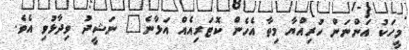
މީހަކު އަންނަން ހުރިއްޔާ މިތާ އެހެން ކޮޓަރިއެއް އަޅާނެ" ނަޝީދު ވިދާޅުވި އެވެ.